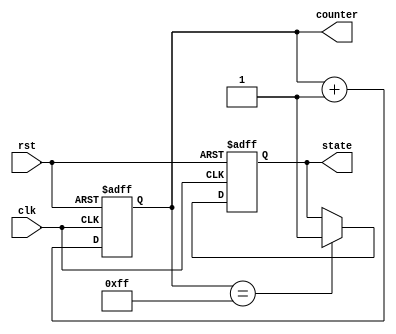
module reset_example (
    input wire clk,      // Clock signal
    input wire rst,      // Reset signal (active high)
    output reg [7:0] counter, // 8-bit counter
    output reg state     // State variable
);

    // Define states for a simple state machine
    localparam IDLE = 1'b0;
    localparam ACTIVE = 1'b1;

    // Asynchronous Reset
    always @(posedge clk or posedge rst) begin
        if (rst) begin
            // Reset condition
            counter <= 8'b0;    // Initialize counter to 0
            state <= IDLE;      // Set state to IDLE
        end else begin
            // Normal operation
            counter <= counter + 1; // Increment counter
            // Example state transition
            if (counter == 8'hFF) begin
                state <= ACTIVE;  // Transition to ACTIVE state
            end
        end
    end

    // Uncomment this block for synchronous reset instead
    /*
    always @(posedge clk) begin
        if (rst) begin
            // Reset condition
            counter <= 8'b0;    // Initialize counter to 0
            state <= IDLE;      // Set state to IDLE
        end else begin
            // Normal operation
            counter <= counter + 1; // Increment counter
            // Example state transition
            if (counter == 8'hFF) begin
                state <= ACTIVE;  // Transition to ACTIVE state
            end
        end
    end
    */

endmodule